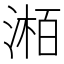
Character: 𪶯